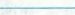
___